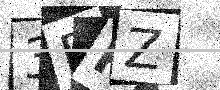
Text: 3PPZ